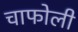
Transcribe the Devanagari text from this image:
चाफोली